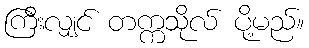
ကြီးလျှင် တက္ကသိုလ် ပို့မည်။